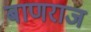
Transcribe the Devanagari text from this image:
बाणराज